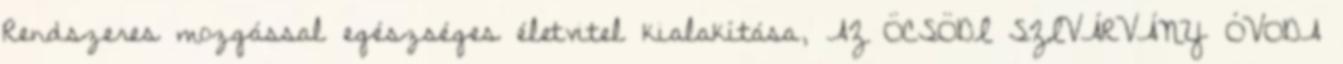
Rendszeres mozgással egészséges életvitel kialakítása, AZ ÖCSÖDI SZIVÁRVÁNY ÓVODA